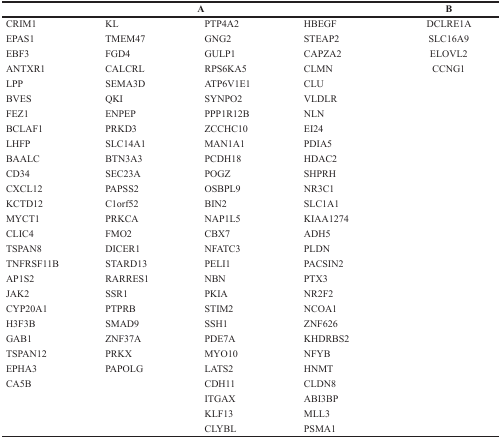
| <COLSPAN=4> A | B |
 | --- | --- | --- | --- | --- |
 | CRIM1 | KL | PTP4A2 | HBEGF | DCLRE1A |
 | EPAS1 | TMEM47 | GNG2 | STEAP2 | SLC16A9 |
 | EBF3 | FGD4 | GULP1 | CAPZA2 | ELOVL2 |
 | ANTXR1 | CALCRL | RPS6KA5 | CLMN | CCNG1 |
 | LPP | SEMA3D | ATP6V1E1 | CLU |  |
 | BVES | QKI | SYNPO2 | VLDLR |  |
 | FEZ1 | ENPEP | PPP1R12B | NLN |  |
 | BCLAF1 | PRKD3 | ZCCHC10 | EI24 |  |
 | LHFP | SLC14A1 | MAN1A1 | PDIA5 |  |
 | BAALC | BTN3A3 | PCDH18 | HDAC2 |  |
 | CD34 | SEC23A | POGZ | SHPRH |  |
 | CXCL12 | PAPSS2 | OSBPL9 | NR3C1 |  |
 | KCTD12 | C1orf52 | BIN2 | SLC1A1 |  |
 | MYCT1 | PRKCA | NAP1L5 | KIAA1274 |  |
 | CLIC4 | FMO2 | CBX7 | ADH5 |  |
 | TSPAN8 | DICER1 | NFATC3 | PLDN |  |
 | TNFRSF11B | STARD13 | PELI1 | PACSIN2 |  |
 | AP1S2 | RARRES1 | NBN | PTX3 |  |
 | JAK2 | SSR1 | PKIA | NR2F2 |  |
 | CYP20A1 | PTPRB | STIM2 | NCOA1 |  |
 | H3F3B | SMAD9 | SSH1 | ZNF626 |  |
 | GAB1 | ZNF37A | PDE7A | KHDRBS2 |  |
 | TSPAN12 | PRKX | MYO10 | NFYB |  |
 | EPHA3 | PAPOLG | LATS2 | HNMT |  |
 | CA5B |  | CDH11 | CLDN8 |  |
 |  |  | ITGAX | ABI3BP |  |
 |  |  | KLF13 | MLL3 |  |
 |  |  | CLYBL | PSMA1 |  |